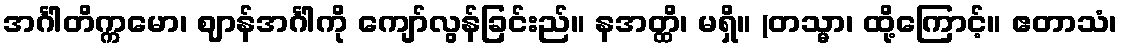
အင်္ဂါတိက္ကမော၊ ဈာန်အင်္ဂါကို ကျော်လွန်ခြင်းည်။ နအတ္ထိ၊ မရှိ။ (တသ္မာ၊ ထို့ကြောင့်။ ဧတာသံ၊